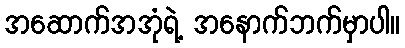
အဆောက်အအုံရဲ့ အနောက်ဘက်မှာပါ။